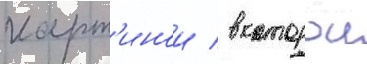
карт'инои / в которои